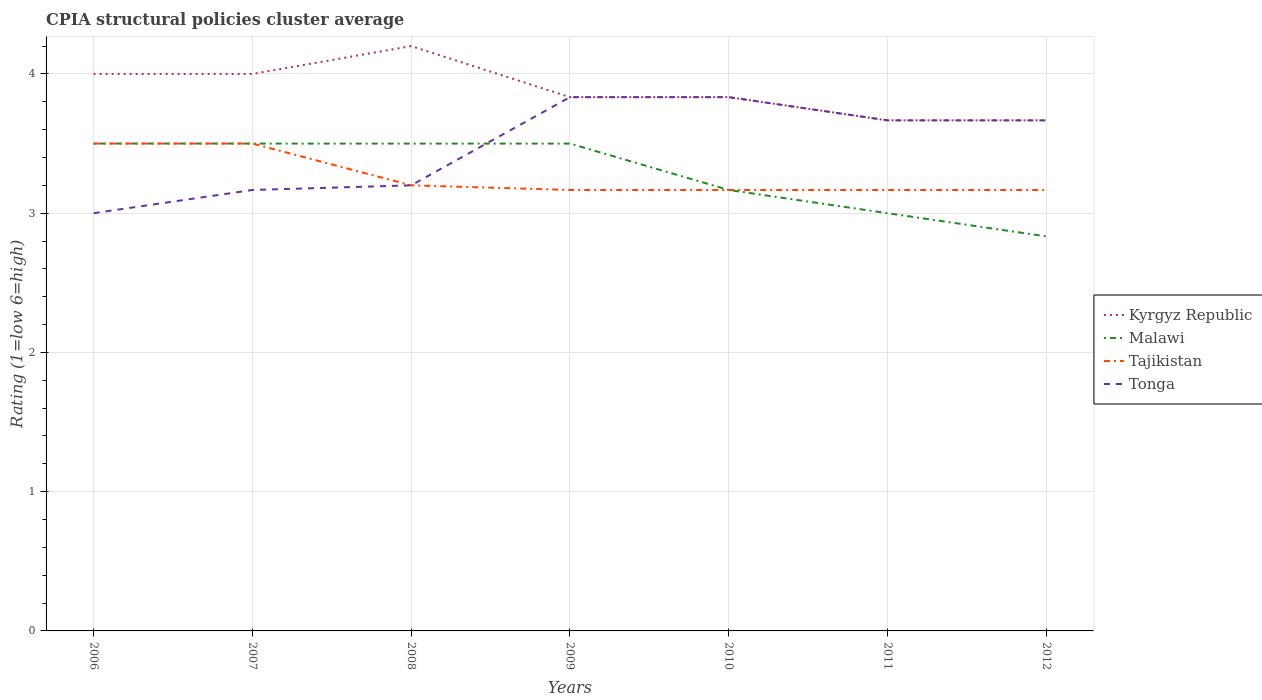
| Years | Kyrgyz Republic | Malawi | Tajikistan | Tonga |
 | --- | --- | --- | --- | --- |
 | 2006 | 4 | 3.5 | 3.5 | 3 |
 | 2007 | 4 | 3.5 | 3.5 | 3.17 |
 | 2008 | 4.2 | 3.5 | 3.2 | 3.2 |
 | 2009 | 3.83 | 3.5 | 3.17 | 3.83 |
 | 2010 | 3.83 | 3.17 | 3.17 | 3.83 |
 | 2011 | 3.67 | 3 | 3.17 | 3.67 |
 | 2012 | 3.67 | 2.83 | 3.17 | 3.67 |